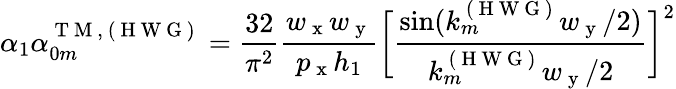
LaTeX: \alpha_{1}\alpha_{0m}^{\mathrm{~T~M~,~(~H~W~G~)~}}=\frac{32}{\pi^{2}}\frac{w_{\mathrm{~x~}}w_{\mathrm{~y~}}}{p_{\mathrm{~x~}}h_{1}}\bigg[\frac{\sin(k_{m}^{\mathrm{~(~H~W~G~)~}}w_{\mathrm{~y~}}/2)}{k_{m}^{\mathrm{~(~H~W~G~)~}}w_{\mathrm{~y~}}/2}\bigg]^{2}